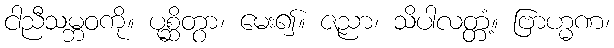
ငါညီသမ္ဘဝကို။ ပုစ္ဆိတွာ၊ မေး၍။ ဇညာ၊ သိပါလတ္တံ့။ ဗြာဟ္မဏ၊